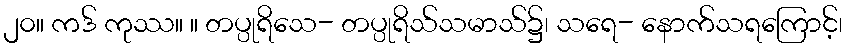
၂၀။ ကဒ် ကုဿ။ ။ တပ္ပုရိသေ- တပ္ပုရိသ်သမာသ်၌၊ သရေ- နောက်သရကြောင့်၊